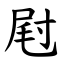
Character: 屗